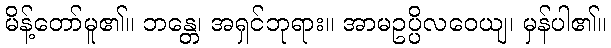
မိန့်တော်မူ၏။ ဘန္တေ၊ အရှင်ဘုရား။ အာမဥပ္ပိလဝေယျ၊ မှန်ပါ၏။